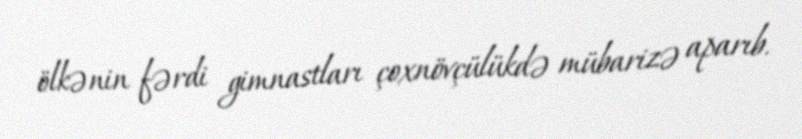
ölkənin fərdi gimnastları çoxnövçülükdə mübarizə aparıb.